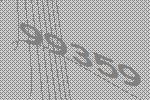
99359